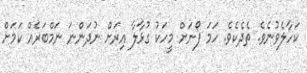
ކަހާލެވުނެވެ. ތެދެކެވެ. ހަމަ ފޯނަށް މީހަކު ގުޅާލާ އިރަށް ނުދަންނަ ނަމްބަރެއް ކަމަށް